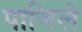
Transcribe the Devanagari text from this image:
पाजिले